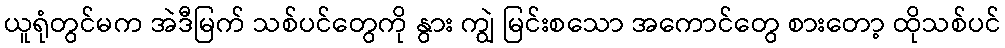
ယူရုံတွင်မက အဲဒီမြက် သစ်ပင်တွေကို နွား ကျွဲ မြင်းစသော အကောင်တွေ စားတော့ ထိုသစ်ပင်